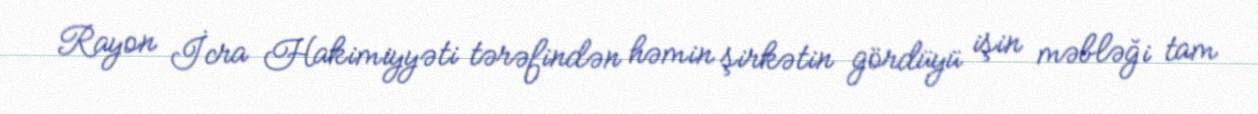
Rayon İcra Hakimiyyəti tərəfindən həmin şirkətin gördüyü işin məbləği tam